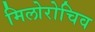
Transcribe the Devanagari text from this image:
मिलोरोचिव